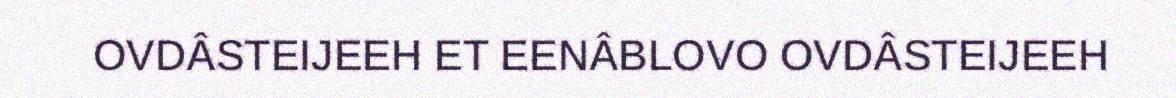
OVDÂSTEIJEEH ET EENÂBLOVO OVDÂSTEIJEEH